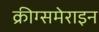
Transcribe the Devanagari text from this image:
क्रीग्समेराइन